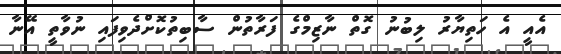
އެއީ އެ ހަތިޔާރު ލިބުނު ގޮތް ނާޒިމްގެ ފަރާތުން ސާބިތުކޮށްދެވިފައި ނުވާތީ އޭނާ